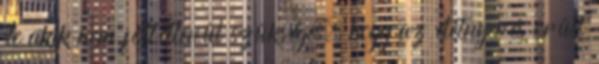
de akik nem föltétlenül szükséges, hogy az életnyerés õrült